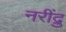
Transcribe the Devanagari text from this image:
नरींद्रु